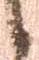
候